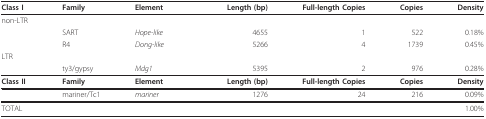
| Class I | Family | Element | Length (bp) | Full-length Copies | Copies | Density |
 | --- | --- | --- | --- | --- | --- | --- |
 | non-LTR |  |  |  |  |  |  |
 |  | SART | Hope-like | 4655 | 1 | 522 | 0.18% |
 |  | R4 | Dong-like | 5266 | 4 | 1739 | 0.45% |
 | LTR |  |  |  |  |  |  |
 |  | ty3/gypsy | Mdg1 | 5395 | 2 | 976 | 0.28% |
 | Class II | Family | Element | Length (bp) | Full-length Copies | Copies | Density |
 |  | mariner/Tc1 | mariner | 1276 | 24 | 216 | 0.09% |
 | TOTAL |  |  |  |  |  | 1.00% |